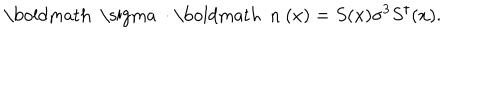
\mathrm { \boldmath ~ \ s i g m a ~ } \cdot \mathrm { \boldmath ~ n ~ } ( x ) = S ( x ) \sigma ^ { 3 } S ^ { \dagger } ( x ) .